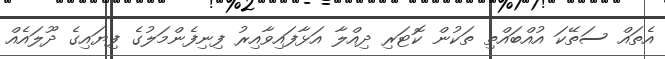
އެތައް ސަތޭކަ އުއްބައްތި ތަކުން ކޮޓަރި ދިއްލާ އަޅާފައިވާއިރު ފިނިފެންމަލުގެ ފިޔައިގެ ދޫލައެއް